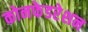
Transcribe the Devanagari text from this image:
कोनफेडरेशन